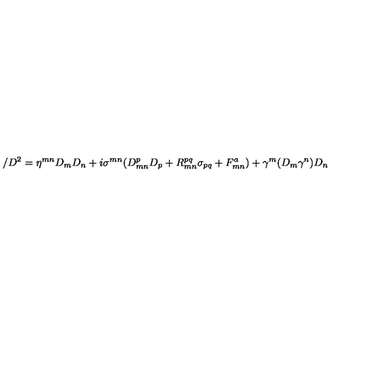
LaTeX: / D ^ { 2 } = \eta ^ { m n } D _ { m } D _ { n } + i \sigma ^ { m n } ( D _ { m n } ^ { p } D _ { p } + R _ { m n } ^ { p q } \sigma _ { p q } + F _ { m n } ^ { a } ) + \gamma ^ { m } ( D _ { m } \gamma ^ { n } ) D _ { n } \,